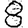
Digit: 8